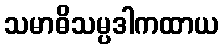
သမာဓိသမ္ပဒါကထာယ